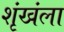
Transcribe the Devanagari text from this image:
शृंखंला